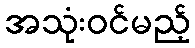
အသုံးဝင်မည့်